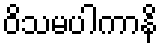
ဝိသမပါကာနိ